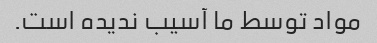
مواد توسط ما آسیب ندیده است.